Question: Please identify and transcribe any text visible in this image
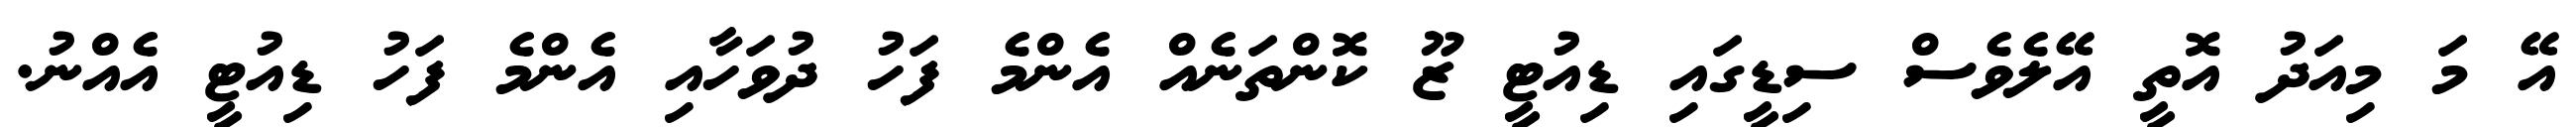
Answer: އޭ މަ މިއަދު އޮތީ އޭލެވެސް ސިޑީގައި ޑިއުޓީ ޒޫ ކޮންތަނެއް އެންމެ ފަހު ދުވަހާއި އެންމެ ފަހު ޑިއުޓީ އެއްނު.